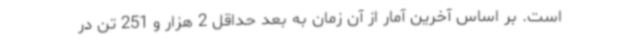
است. بر اساس آخرین آمار از آن زمان به بعد حداقل 2 هزار و 251 تن در